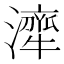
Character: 𤁜